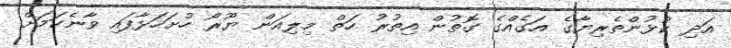
އަދި ކުޅުންތެރިޔާގެ އަގެއްގެ ގޮތުން އިތުރު ހަތް މިލިއަން ޔޫރޯ ހުށަހަޅާފައި ވާނެކަމަށް